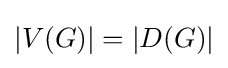
|V(G)|=|D(G)|